Civil Veterinary Dept. Bombay admin report 1893-99 - 1893-1899
Year: 1893
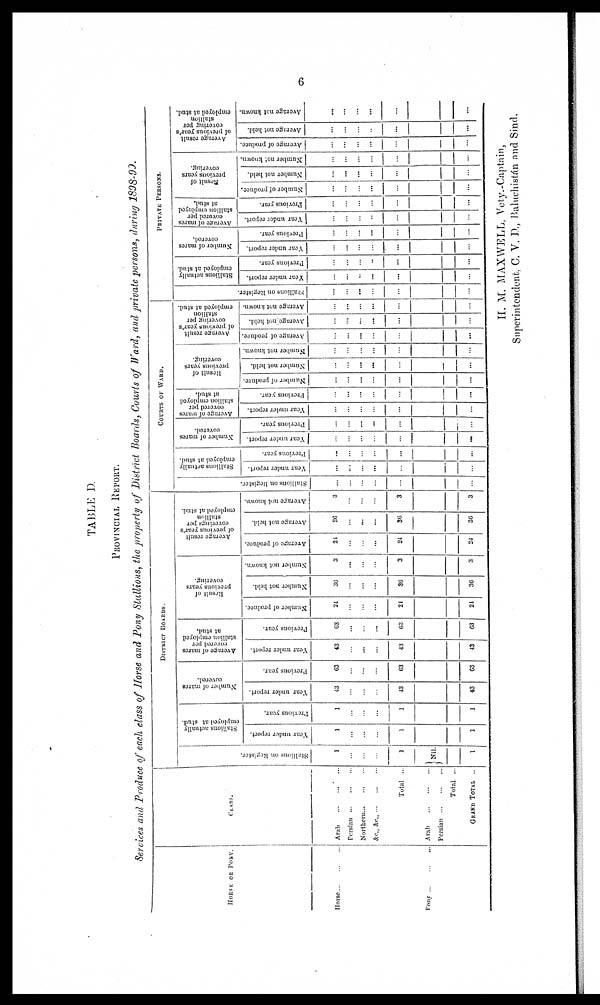
6
TABLE D.
PROVINCIAL REPORT.
Services and Produce of each class of Horse and Pony Stallions, the property of District Boards, Courts of Ward, and private persons, during 1898-99.
HORSE OF PONY.
Horse ... ... ...
Pony
...
...
...
CLASS.
Arab
...
...
...
Persian
...
...
...
Northern
...
...
...
&c., &c., ... ... ...
Total ...
Arab
...
...
...
Persian
...
...
...
Total ...
GRAND TOTAL ...
DISTRICT
BOARDS.
Stallions on Register.
1
...
...
...
1
Nil.
1
Stallions actually
employed at stud.
Year under report.
1
...
...
...
1
1
Previous year.
1
...
...
...
1
1
Number of mares
covered.
Year under report.
43
...
...
...
43
43
Previous year.
63
...
...
...
63
63
Average
of mares
covered per
stallion employed
at stud.
Year under report.
43
...
...
...
43
43
Previous year.
63
...
...
...
63
63
Result of
previous years
covering.
Number of produce.
24
...
...
...
24
24
Number not held.
36
...
...
...
36
36
Number
not known.
3
...
...
...
3
3
Average result
of previous year's
coverings per
stallion
employed at stud.
Average of produce.
24
...
...
...
24
24
Average not held.
36
...
...
...
36
36
Average not known.
3
...
...
...
3
3
COURTS OF WARD.
Stallions on Register.
...
...
...
...
...
...
Stallions actually
employed at stud.
Year under report.
...
...
...
...
...
...
Previous year.
...
...
...
...
...
...
Number of mares
covered.
Year under report.
...
...
...
...
...
...
Previous year.
...
...
...
...
...
...
Average of mares
covered per
stallion employed
at stud.
Year under report.
...
...
...
...
...
...
Previous year.
...
...
...
...
...
...
Result of
previous years
covering.
Number of produce.
...
...
...
...
...
...
Number not held.
...
...
...
...
...
...
Number
not known.
...
...
...
...
...
...
Average result
of previous year's
covering per
stallion
employed at stud.
Average of produce.
...
...
...
...
...
...
Average
not held.
...
...
...
...
...
...
Average
not known.
...
...
...
...
...
...
PRIVATE
PERSONS.
Stallions on Register.
...
...
...
...
...
...
Stallions actually
employed at stud.
Year under report.
...
...
...
...
...
...
Previous year.
...
...
...
...
...
...
Number of mares
covered.
Year under report.
...
...
...
...
...
...
Previous year.
...
...
...
...
...
...
Average of mares
covered per
stallion employed
at stud.
Year under report.
...
...
...
...
...
...
Previous year.
...
...
...
...
...
...
Result of
previous years
covering.
Number of produce.
...
...
...
...
...
...
Number not held.
...
...
...
...
...
...
Number not known.
...
...
...
...
...
...
Average result
of previous year's
covering per
stallion
employed at stud.
Average of produce.
...
...
...
...
...
...
Avernge
not held.
...
...
...
...
...
...
Average not known.
...
...
...
...
...
...
II. M. MAXWELL, Vety.-Captain,
Superintendent, C. V. D., Baluchistán and Sind.